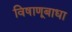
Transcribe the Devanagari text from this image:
विषाणूबाधा